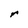
Character: r